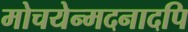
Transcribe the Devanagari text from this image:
मोचयेन्मदनादपि